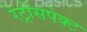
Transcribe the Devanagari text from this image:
रेट्रोसपेक्ट